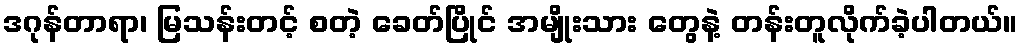
ဒဂုန်တာရာ၊ မြသန်းတင့် စတဲ့ ခေတ်ပြိုင် အမျိုးသား တွေနဲ့ တန်းတူလိုက်ခဲ့ပါတယ်။